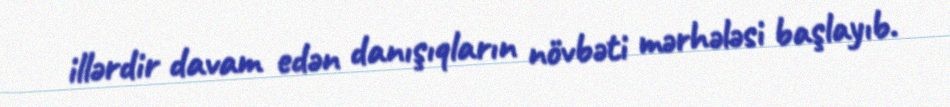
illərdir davam edən danışıqların növbəti mərhələsi başlayıb.